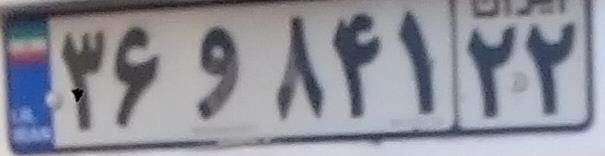
۳۶و۸۴‍۱۲۲